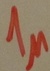
Text: 1µ